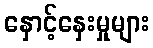
နှောင့်နှေးမှုများ